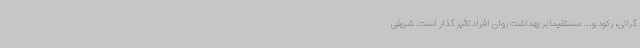
گرانی، رکود و... مستقیما بر بهداشت روان افراد تاثیر گذار است. شریفی